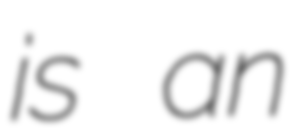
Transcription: is an